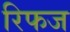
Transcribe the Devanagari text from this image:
रिफज